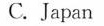
C. Japan